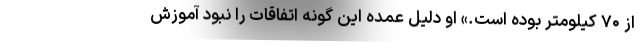
از ۷۰ کیلومتر بوده است.» او دلیل عمده این گونه اتفاقات را نبود آموزش